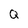
Character: Q